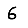
Digit: 6